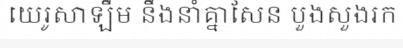
យេរូសាឡឹម នឹងនាំគ្នាសែន បួងសួងរក